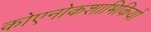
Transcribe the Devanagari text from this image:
कोएनोकशाभिकियों